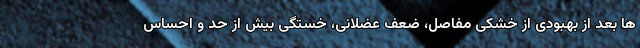
ها بعد از بهبودی از خشکی مفاصل، ضعف عضلانی، خستگی بیش از حد و احساس